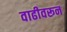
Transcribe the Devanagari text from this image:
वाढीवरून